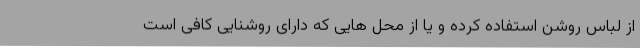
از لباس روشن استفاده کرده و یا از محل هایی که دارای روشنایی کافی است